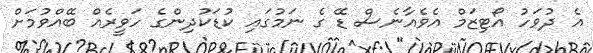
އެ ދުވަހު އޯޓިޒަމް އެވެއާނެސް ޑޭ ގެ ނަމުގައި ކުޑަކުދިންގެ ހަވީރެއް ބޭއްވުމަށް